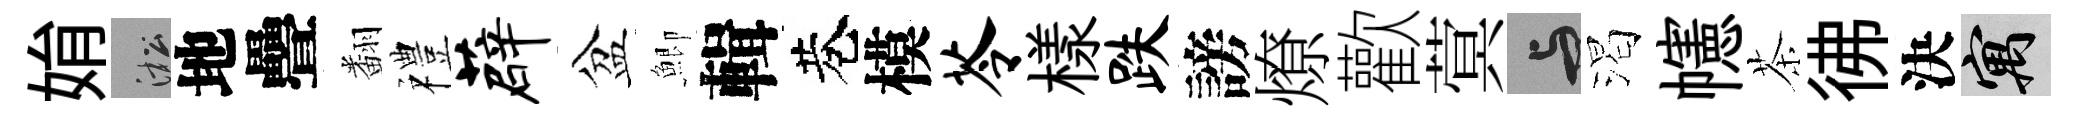
姢淞地疊翻禮薜盆鯽輯巷模苓樣跌謗燎歡蓂与渴幰茶彿決寓